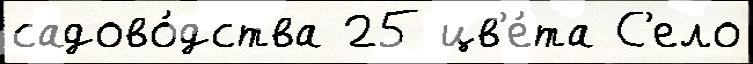
садово́дства 25 цв'е́та С'ело